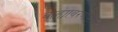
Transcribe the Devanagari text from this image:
बाह्यावरणामध्ये